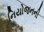
નિયોજનની